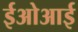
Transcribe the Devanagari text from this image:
ईओआई